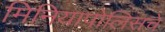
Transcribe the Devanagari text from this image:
मिनियापोलिसचे